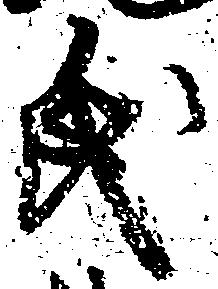
氏